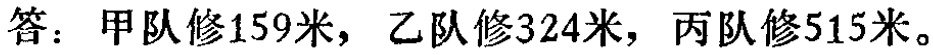
答：甲队修159米，乙队修324米，丙队修515米。